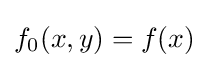
f_{0}(x,y)=f(x)